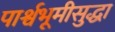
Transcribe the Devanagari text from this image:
पार्श्वभूमीसुद्धा